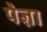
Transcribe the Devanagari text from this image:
पेऩा